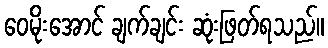
ဝေမိုးအောင် ချက်ချင်း ဆုံးဖြတ်ရသည်။